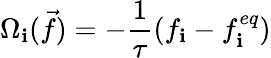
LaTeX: \Omega_{\mathbf{i}}(\vec{{f}})=-\frac{{1}}{{\tau}}(f_{\mathbf{i}}-f_{\mathbf{i}}^{eq})